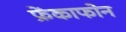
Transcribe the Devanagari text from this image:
फ्रेंकाफोन